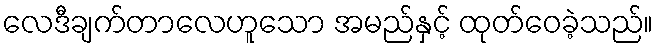
လေဒီချက်တာလေဟူသော အမည်နှင့် ထုတ်ဝေခဲ့သည်။